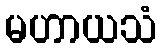
မဟာယသံ